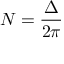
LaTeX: N = { \frac { \Delta } { 2 \pi } }